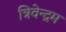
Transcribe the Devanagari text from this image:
त्रिवेन्‍द्रम